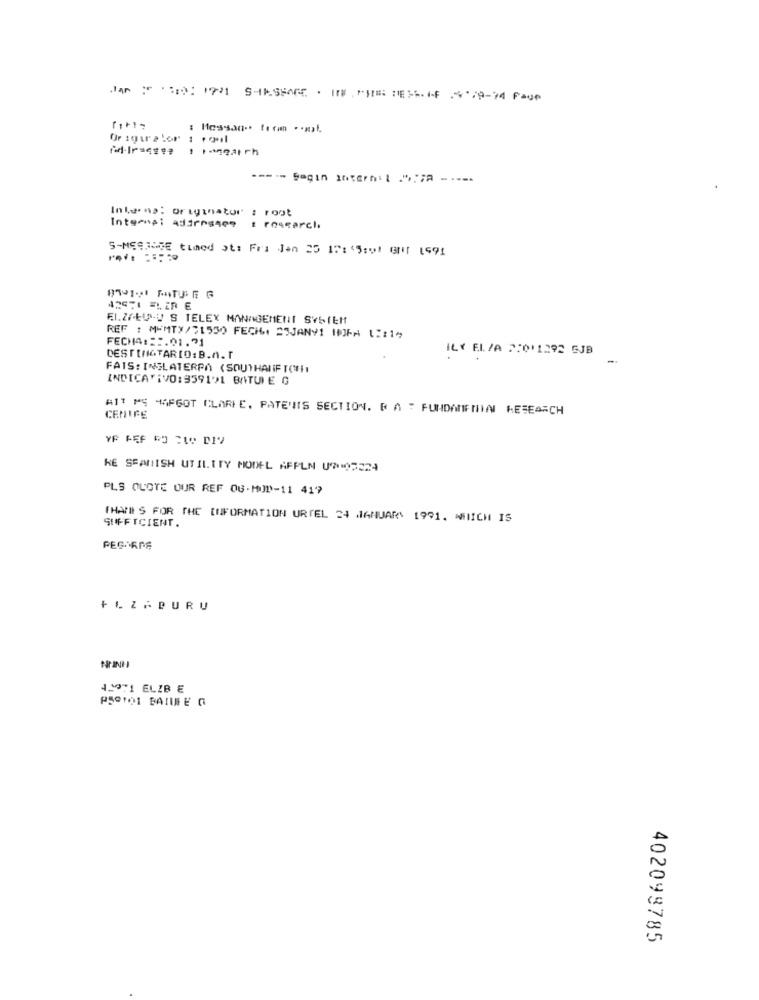
Jan " :0: 1921 SHUMSPACE . ITW . "HE DES6.IF 18.79-74 Page
: Messan" from .***
Interns: addressee
t research.
S-MECHOSE timed ot: Fri Jen 25 17:45:01 GH1 1591
42071 FLER E
EI.ZAŁULU S TELEX MANAGEMENT SYSTEM
REF : MEMTX/31550 FECI6I 2SJANY1 HOFA 1 :: 1%
FECHA :::. 01.71
IL Y FI. /A 7:011292 5JB
DESTINATARIO: B.n.r
FAIS: INGLATERRA (SOUTHARIF TONI
INDICATIVO: 939191 BATUIE G
AIT PS AFGOT CLARIE, PATENIS SECTION. R A " FUNDAMENIN RESEARCH
CEMIFE
RE SPANISH UTILITY MODEL AFPLN UNODE24
PLS QUOTE OUR REF OG-MOD-11 417
THATIS FOR THE INFORMATION URTEL 24 JANUARY 1991. AIICH IS
SUFFICIENT.
PEGARDE
NOINH
41971 ELZB E
P5Q101 BAIUFE O
402099785